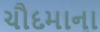
ચૌદમાના